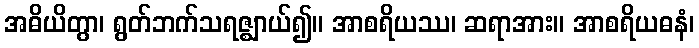
အဓိယိတွာ၊ ရွတ်ဘက်သရဇ္ဈာယ်၍။ အာစရိယဿ၊ ဆရာအား။ အာစရိယဓနံ၊